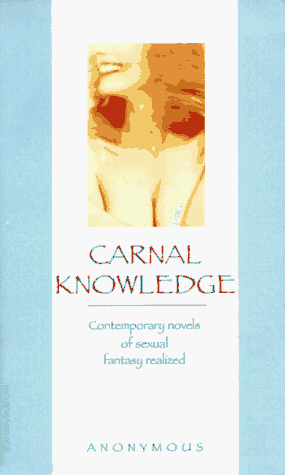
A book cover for Carnal Knowledge (Victorian erotic classics); Anonymous; Romance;